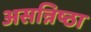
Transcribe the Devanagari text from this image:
असन्निष्ठा